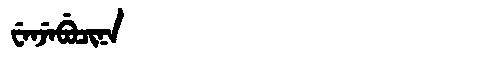
Manchu: ᠸᡝᠨᠵᡝᠪᡠᠴᡳᠨᠠ
Romanization: WENJEBUCINA